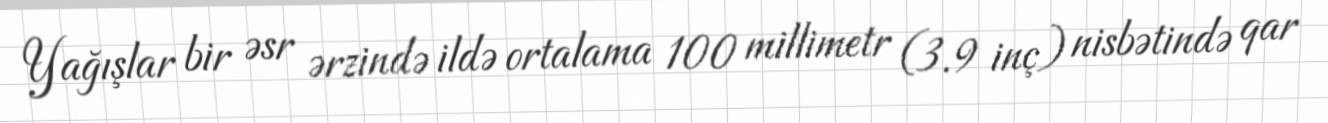
Yağışlar bir əsr ərzində ildə ortalama 100 millimetr (3.9 inç) nisbətində qar